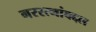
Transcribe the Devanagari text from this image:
नररत्नांबद्दल